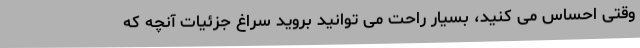
وقتی احساس می کنید، بسیار راحت می توانید بروید سراغ جزئیات آنچه که